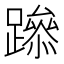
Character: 𨅶